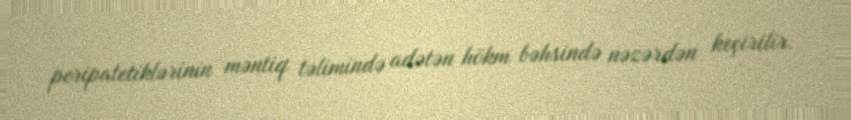
peripatetiklərinin məntiq təlimində adətən hökm bəhsində nəzərdən keçirilir.